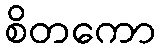
စိတကော